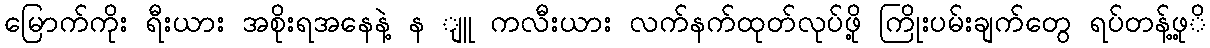
မြောက်ကိုး ရီးယား အစိုးရအနေနဲ့ န ျူ ကလီးယား လက်နက်ထုတ်လုပ်ဖို့ ကြိုးပမ်းချက်တွေ ရပ်တန့်ဖု့ိ